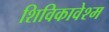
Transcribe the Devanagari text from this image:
शिविकावेश्म